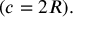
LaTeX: \displaystyle ( c = 2 R ) .